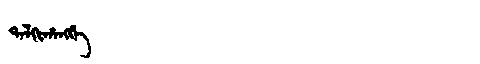
Manchu: ᡨᠠᠯᡴᡳᡥᠠᠩᡤᡝ
Romanization: TALKIHANGGE